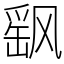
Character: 飖